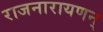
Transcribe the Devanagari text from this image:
राजनारायणन्